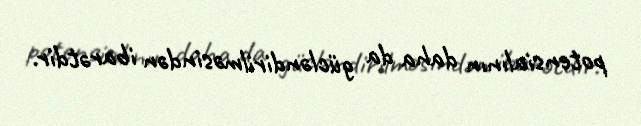
potensialının daha da gücləndirilməsindən ibarətdir.